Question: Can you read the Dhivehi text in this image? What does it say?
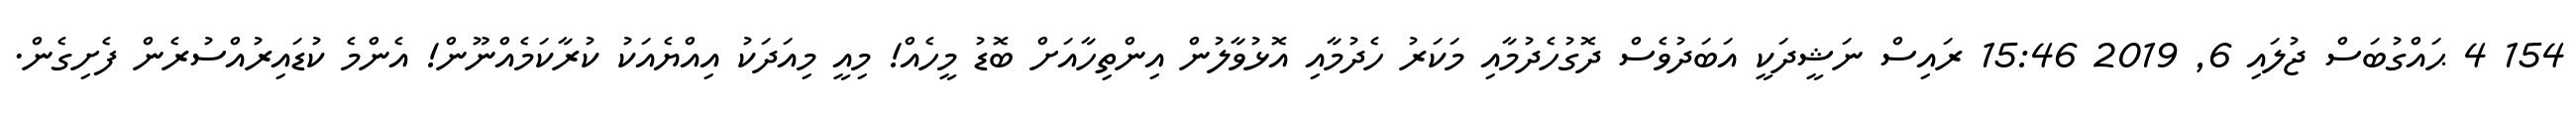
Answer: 154 4 ޙައްގުބަސް ޖުލައި 6, 2019 15:46 ރައިސް ނަޝީދަކީ އަބަދުވެސް ދޮގުހެދުމާއި މަކަރު ހެދުމާއި އޮޅުވާލުން އިންތިހާއަށް ބޮޑު މީހެއް! މިއީ މިއަދަކު އިއްޔެއަކު ކުރާކަމެއްނޫން! އެންމެ ކުޑައިރުއްސުރެން ފެށިގެން.